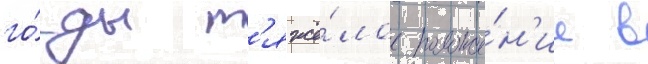
го́ды т'яжё́лое положе́н'ие в